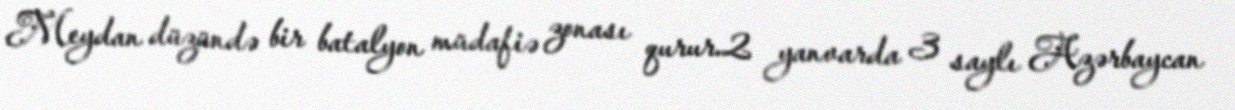
Meydan düzündə bir batalyon müdafiə zonası qurur.2 yanvarda 3 saylı Azərbaycan